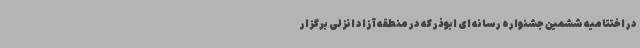
در اختتامیه ششمین جشنواره رسانه ای ابوذر که در منطقه آزاد انزلی برگزار